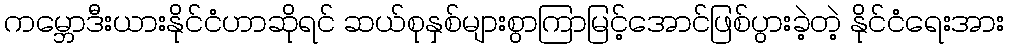
ကမ္ဘောဒီးယားနိုင်ငံဟာဆိုရင် ဆယ်စုနှစ်များစွာကြာမြင့်အောင်ဖြစ်ပွားခဲ့တဲ့ နိုင်ငံရေးအား